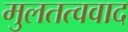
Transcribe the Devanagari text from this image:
मुलतत्ववाद